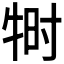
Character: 𬌠